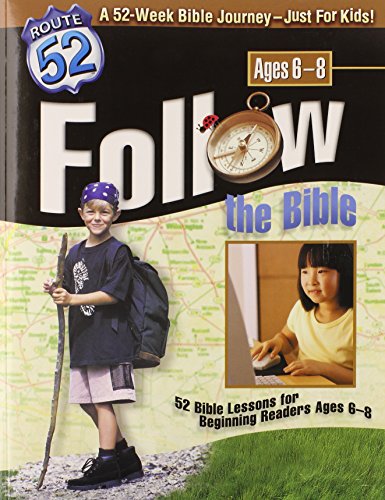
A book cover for Follow the Bible: 52 Bible Lessons for Beginning Readers Ages 6-8 (Route 52); Standard Publishing; Christian Books & Bibles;